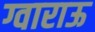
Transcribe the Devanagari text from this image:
ग्वाराऊ